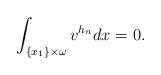
LaTeX: \begin{align*} \int_{\{x_1\} \times \omega} v^{h_n} dx=0.\end{align*}